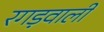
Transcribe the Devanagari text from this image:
रगड़वाली